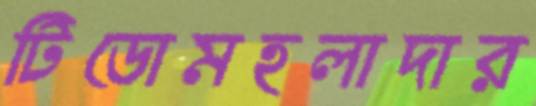
টিডোমহলাদার